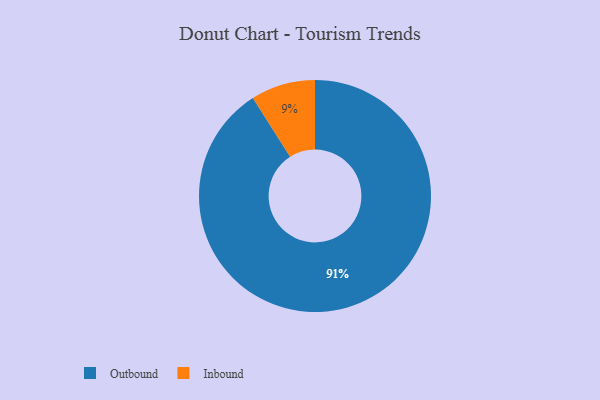
{"axis": {"x": "Category", "y": "Percentage"}, "legend": ["Inbound", "Outbound"], "data": [{"x": "Inbound", "y": 9, "type": "Inbound"}, {"x": "Outbound", "y": 91, "type": "Outbound"}]}